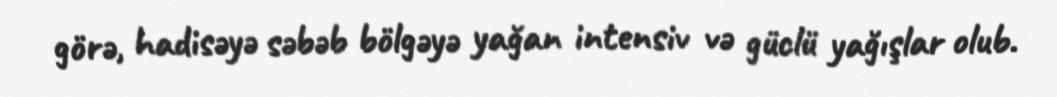
görə, hadisəyə səbəb bölgəyə yağan intensiv və güclü yağışlar olub.